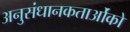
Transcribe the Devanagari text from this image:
अनुसंधानकतार्ओंको